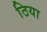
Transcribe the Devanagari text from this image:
ठिया